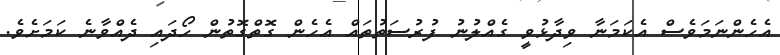
އެހެންނަމަވެސް އެކަމަނާ ވިދާޅުވީ ގެއްލުނު ފުރުސަތުތައް އެހެން ގޮތްގޮތުން ހޯދައި ދެއްވާނެ ކަމަށެވެ.